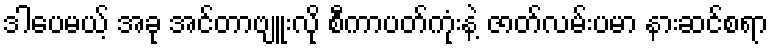
ဒါပေမယ့် အခု အင်တာဗျူးလို စီကာပတ်ကုံးနဲ့ ဇာတ်လမ်းပမာ နားဆင်စရာ